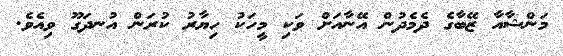
މަންޝާއާ ޒޭބާގެ ދެމެދުން އޭނާއަށް ވަކި މީހަކު ހިޔާރު ކުރަން އުނދަގޫ ވިއެވެ.